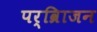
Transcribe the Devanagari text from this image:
पर्व्रािजन